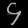
Digit: ၄